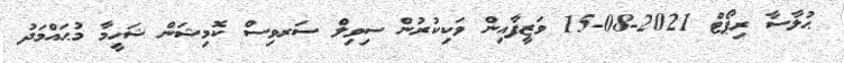
ޙުލާސާ ރިޕޯޓް 2021-08-15 ވަޒީފާއިން ވަކިކުރުން ސިވިލް ސަރވިސް ކޮމިޝަން ޝަހީމާ މުޙައްމަދު